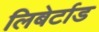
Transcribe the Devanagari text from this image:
लिबेर्टाड